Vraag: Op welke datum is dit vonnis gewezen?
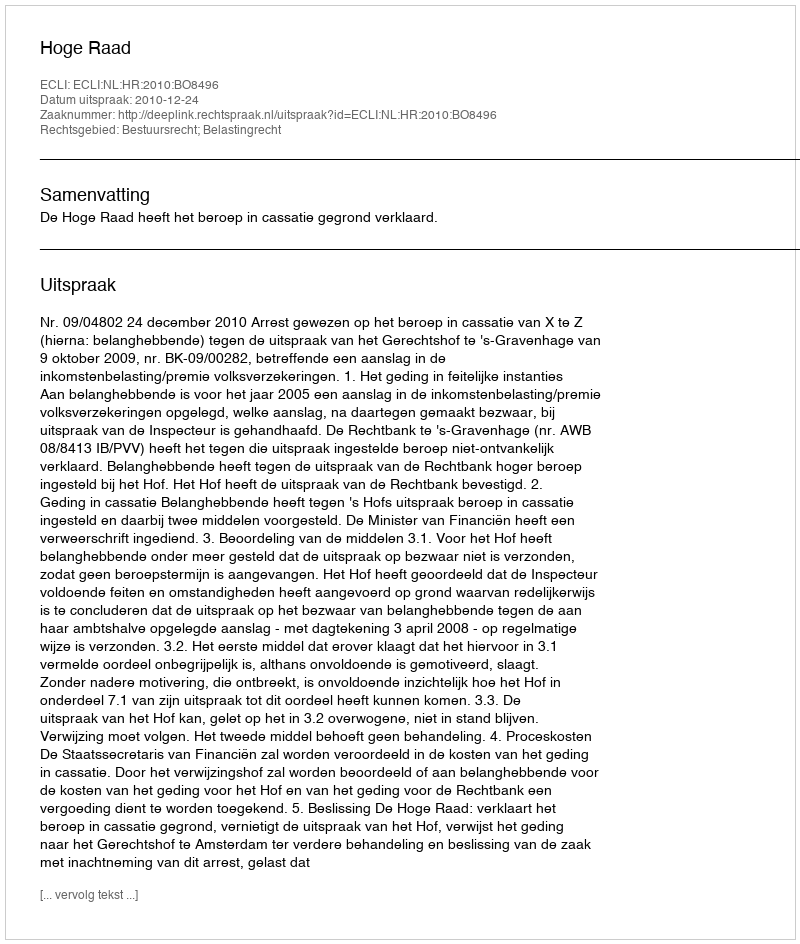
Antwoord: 2010-12-24